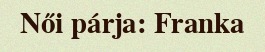
Női párja: Franka